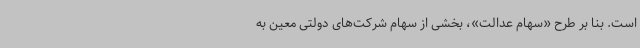
است. بنا بر طرح «سهام عدالت»، بخشی از سهام شرکت‌های دولتی معین به